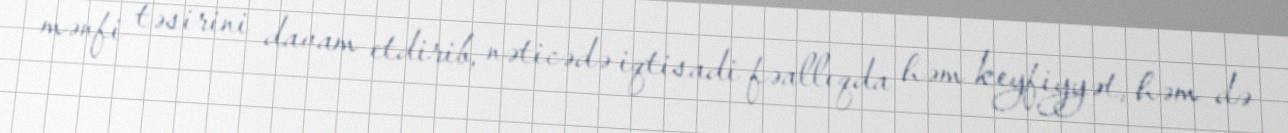
mənfi təsirini davam etdirib, nəticədə iqtisadi fəallıqda həm keyfiyyət, həm də